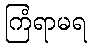
ကြံရာမရ